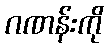
ဂဏန်းကို